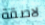
لاصقة